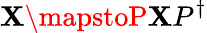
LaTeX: \mathbf{X}\mapstoP\mathbf{X}P^{\dagger}